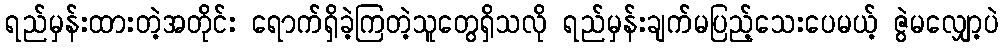
ရည်မှန်းထားတဲ့အတိုင်း ရောက်ရှိခဲ့ကြတဲ့သူတွေရှိသလို ရည်မှန်းချက်မပြည့်သေးပေမယ့် ဇွဲမလျှော့ပဲ